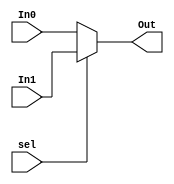
module MUX2 # (parameter WIDTH = 8)
           (input [WIDTH-1:0] In0, In1,
            input sel,
            output [WIDTH-1:0] Out);
    assign Out = sel ? In1 : In0;
endmodule

module MUX3 # (parameter WIDTH = 8)
           (input [WIDTH-1:0] In0, In1, In2, 
            input [1:0] sel, 
            output [WIDTH-1:0] Out);
    assign Out = (sel == 2'b00)? In0 :
                 (sel == 2'b01)? In1 :
                 (sel == 2'b10)? In2 : 0;
endmodule
module MUX4 # (parameter WIDTH = 8)
           (input [WIDTH-1:0] In0, In1, In2, In3, 
            input [1:0] sel, 
            output [WIDTH-1:0] Out);
    assign Out = (sel == 2'b00)? In0 :
                 (sel == 2'b01)? In1 :
                 (sel == 2'b10)? In2 :
                 (sel == 2'b11)? In3 : 0;
endmodule
module MUX5 # (parameter WIDTH = 8)
           (input [WIDTH-1:0] In0, In1, In2, In3, In4, 
            input [2:0] sel, 
            output [WIDTH-1:0] Out);
    assign Out = (sel == 3'b000)? In0 :
                 (sel == 3'b001)? In1 :
                 (sel == 3'b010)? In2 :
                 (sel == 3'b011)? In3 : 
                 (sel == 3'b100)? In4 : 0;
endmodule
module MUX6 # (parameter WIDTH = 8)
           (input [WIDTH-1:0] In0, In1, In2, In3, In4, In5, 
            input [2:0] sel, 
            output [WIDTH-1:0] Out);
    assign Out = (sel == 3'b000)? In0 :
                 (sel == 3'b001)? In1 :
                 (sel == 3'b010)? In2 :
                 (sel == 3'b011)? In3 :
                 (sel == 3'b100)? In4 : 
                 (sel == 3'b101)? In5 : 0;
endmodule
module MUX7 # (parameter WIDTH = 8)
           (input [WIDTH-1:0] In0, In1, In2, In3, In4, In5, In6, 
            input [2:0] sel, 
            output [WIDTH-1:0]Out);
    assign Out = (sel == 3'b000)? In0 :
                 (sel == 3'b001)? In1 :
                 (sel == 3'b010)? In2 :
                 (sel == 3'b011)? In3 : 
                 (sel == 3'b100)? In4 : 
                 (sel == 3'b101)? In5 : 
                 (sel == 3'b110)? In6 : 0;
endmodule